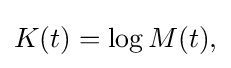
{\textstyle K(t)=\log M(t),}